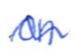
Text: on
Cross-out: wave
Writing tool: ballpoint